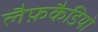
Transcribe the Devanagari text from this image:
लैफ़कैडियो